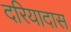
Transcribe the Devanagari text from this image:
दरियादास